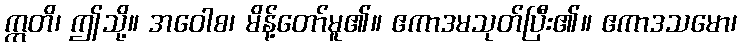
ဣတိ၊ ဤသို့။ အဝေါစ၊ မိန့်တော်မူ၏။ ဧကာဒမသုတ်ပြီး၏။ ဧကာဒသမော၊